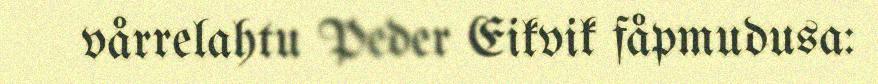
vårrelahtu Peder Eikvik fåpmudusa: